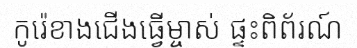
កូរ៉េខាងជើងធ្វើម្ចាស់ ផ្ទះពិព័រណ៍